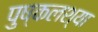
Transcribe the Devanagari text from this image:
पुष्कलश्या